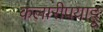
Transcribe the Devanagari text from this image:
कलारीपयाट्टू